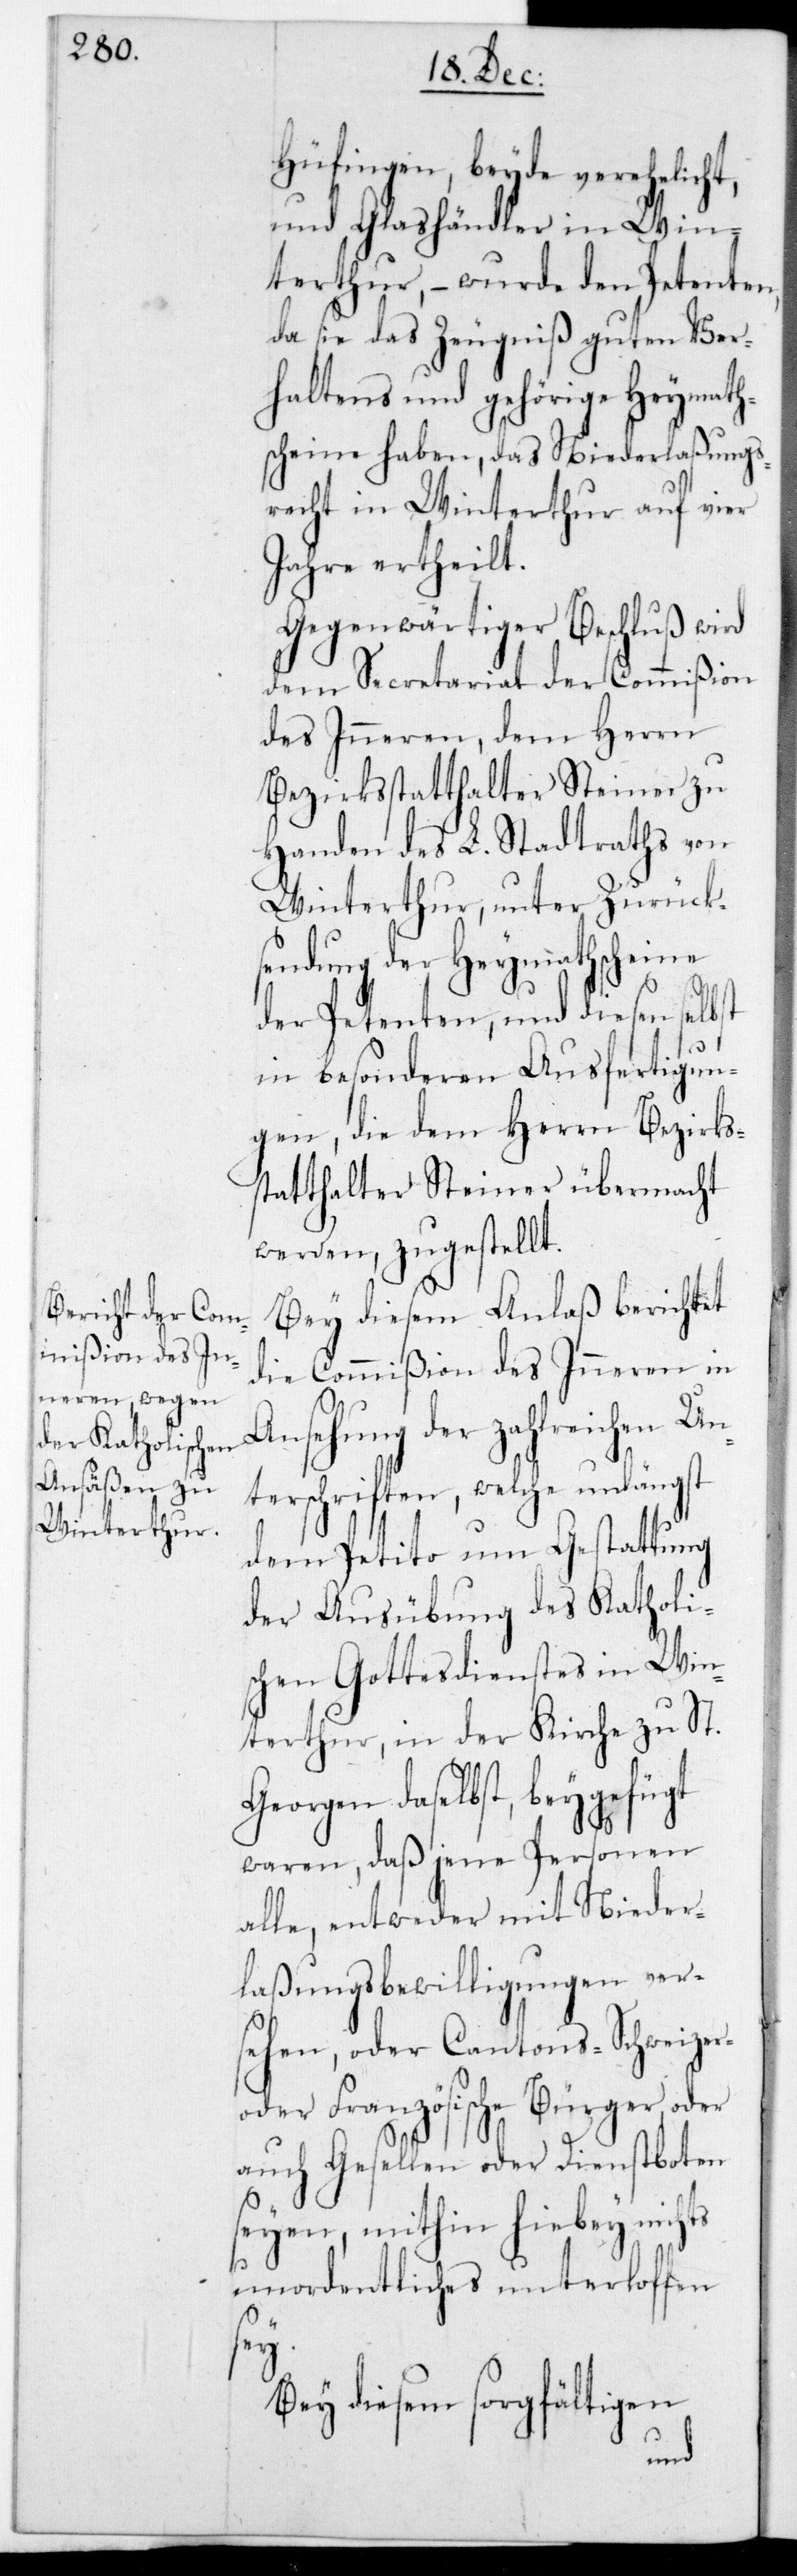
Hüfingen, beyde verehelicht,
und Glashändler in Win¬
terthur, – wurde den Petenten,
da sie das Zeugniß guten Ver¬
haltens und gehörige Heymath¬
scheine haben, das Niederlaßungs¬
recht in Winterthur auf vier
Jahre ertheilt.
Gegenwärtiger Beschluß wird
dem Secretariat der Commißion
des Inneren, dem Herrn
Bezirksstatthalter Steiner zu
Handen des L. Stadtraths von
Winterthur, unter Zurücks¬
endung der Heymathscheine
der Petenten, und diesen selbst
in besonderen Ausfertigun¬
gen, die dem Herrn Bezirks¬
statthalter Steiner übermacht
werden, zugestellt.
Bey diesem Anlaß berichtet
die Commißion des Inneren in
Ansehung der zahlreichen U¬
nterschriften, welche unlängst
dem Petito um Gestattung
der Ausübung des Katholi¬
schen Gottesdienstes in Win¬
terthur, in der Kirche zu St.
Georgen daselbst, beygefügt
waren, daß jene Personen
alle, entweder mit Nieder¬
laßungsbewilligungen ver¬
sehen, oder Cantons-, Schweizer-
oder Französische Bürger oder
auch Gesellen oder Dienstboten
seien, mithin hiebey nichts
Unordentliches unterloffen
sei.
Bey diesem sorgfältigen